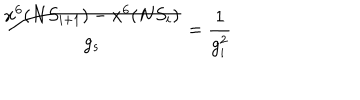
LaTeX: \frac { x ^ { 6 } ( N S _ { i + 1 } ) - x ^ { 6 } ( N S _ { i } ) } { g _ { s } } = \frac { 1 } { g _ { i } ^ { 2 } }